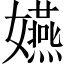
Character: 嬿